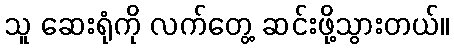
သူ ဆေးရုံကို လက်တွေ့ ဆင်းဖို့သွားတယ်။